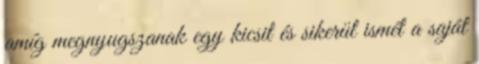
amíg megnyugszanak egy kicsit és sikerül ismét a saját